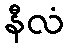
နီလံ